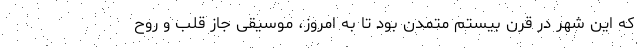
که این شهر در قرن بیستم متمدن بود تا به امروز، موسیقی جاز قلب و روح